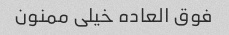
فوق العاده خیلی ممنون